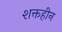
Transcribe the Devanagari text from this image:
शक्तहीन